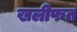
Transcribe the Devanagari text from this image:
खलीफत